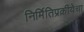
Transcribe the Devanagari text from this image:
निर्मितिप्रक्रीयेचा